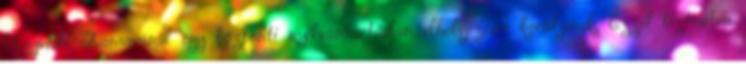
Ügyvédi Kamaránál egy központi nyilvántartásban elhelyezésre kerüljenek. Ezzel biztosítva